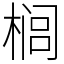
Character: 榈